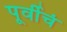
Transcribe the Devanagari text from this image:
पूर्वीचं